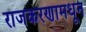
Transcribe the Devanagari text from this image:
राजकरणामधून